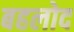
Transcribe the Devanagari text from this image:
बहलोद